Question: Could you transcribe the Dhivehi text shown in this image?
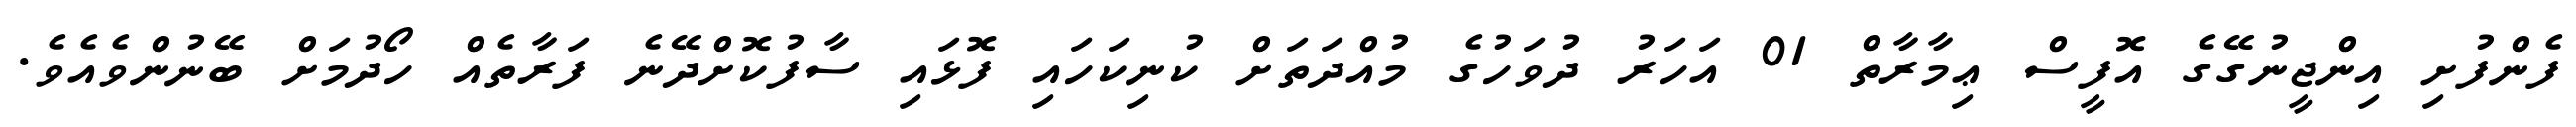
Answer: ފެންފުށި އިންޖީނުގޭގެ އޮފީސް ޢިމާރާތް 01 އަހަރު ދުވަހުގެ މުއްދަތަށް ކުނިކަހައި ފޮޅައި ސާފުކޮށްދޭނެ ފަރާތެއް ހޯދުމަށް ބޭނުންވެއެވެ.